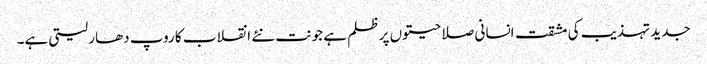
جدید تہذیب کی مشقت انسانی صلاحیتوں پر ظلم ہے جو نت نئے انقلاب کا روپ دھار لیتی ہے۔